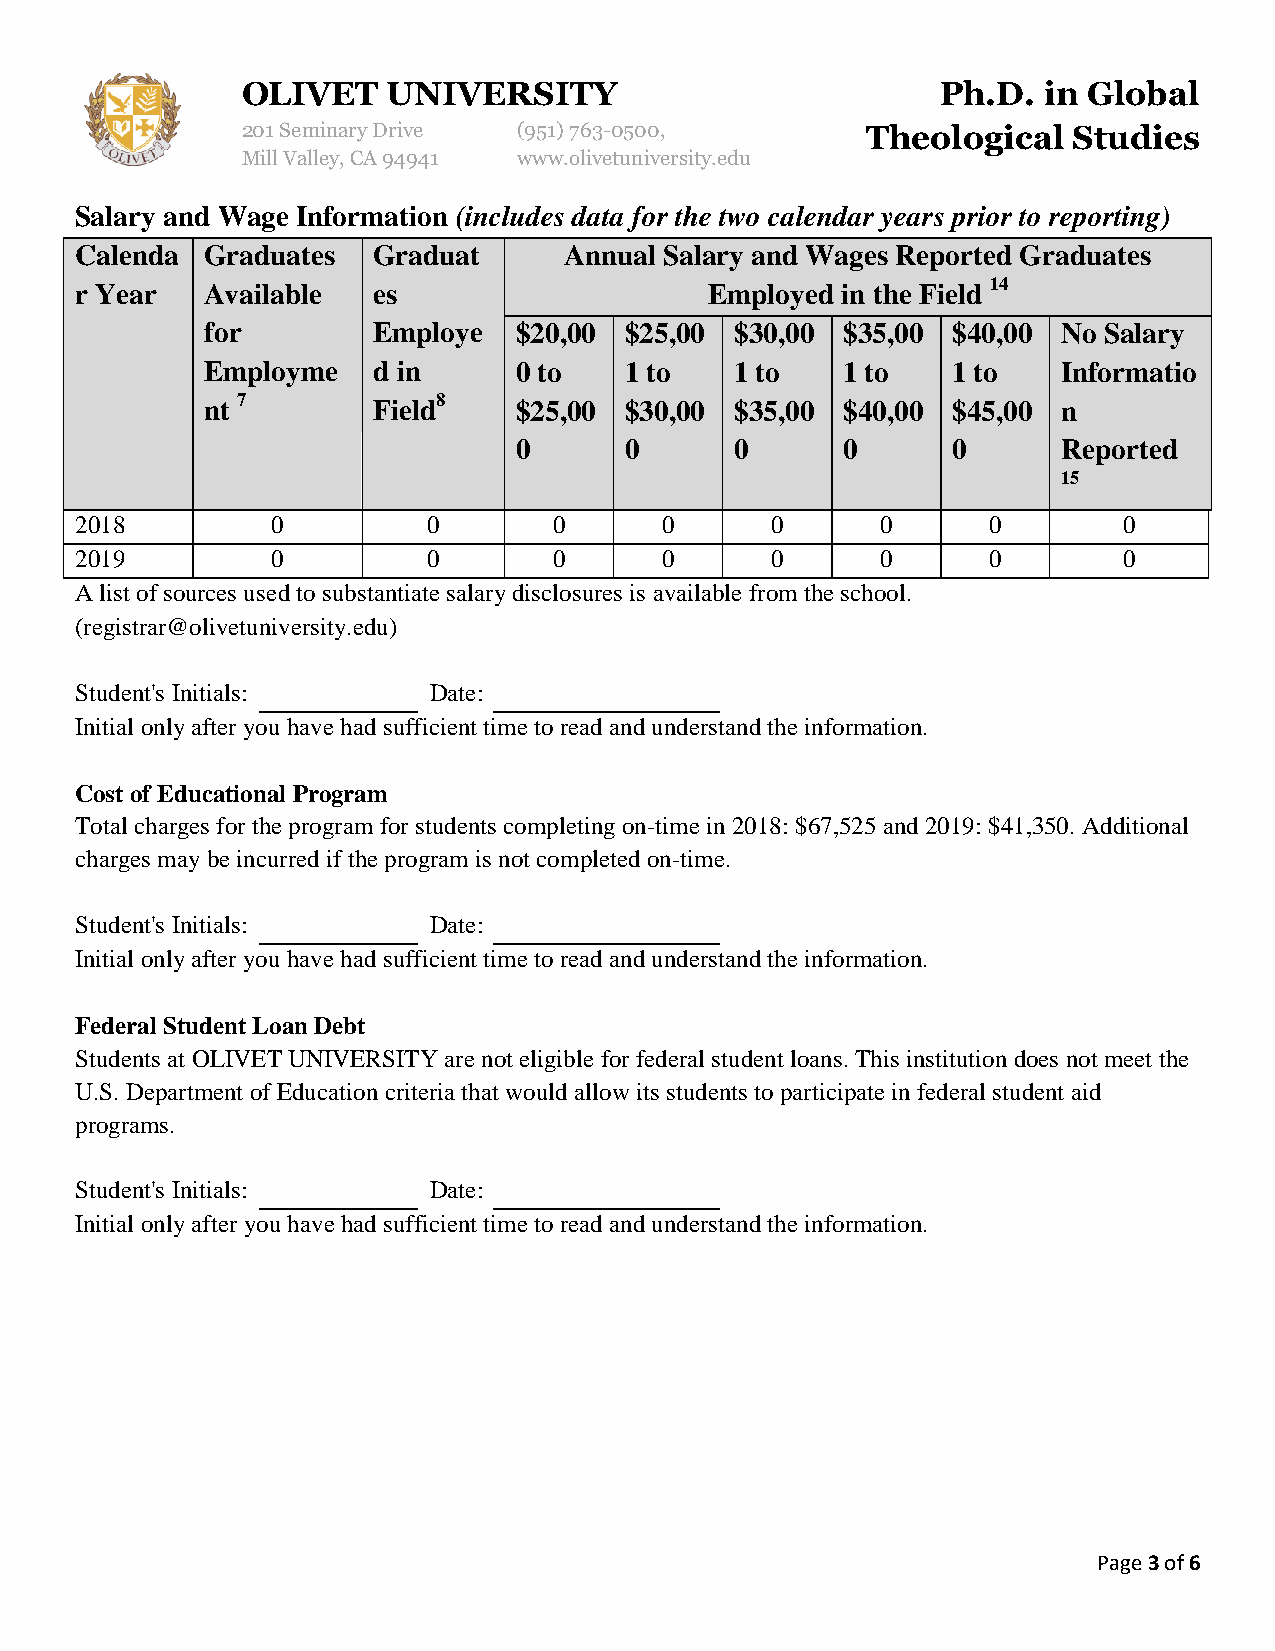
OLIVET    UNIVERSITY                          Ph.D.  in Global
 201 Seminary Drive (951)763-0500,        Theological   Studies
 Mill Valley, CA 94941 www.olivetuniversity.edu
 Salary and Wage Information (includes data for the two calendar years prior to reporting)
 Calenda  Graduates  Graduat     Annual Salary and Wages Reported Graduates
 r Year   Available  es                    Employed in the Field 14
 for        Employe  $20,00 $25,00  $30,00 $35,00 $40,00 No Salary
 Employme   d in     0 to   1 to    1 to   1 to   1 to   Informatio
 nt 7       Field8   $25,00 $30,00  $35,00 $40,00 $45,00 n
 0      0       0      0      0      Reported
 15
 2018         0         0        0      0      0      0      0        0
 2019         0         0        0      0      0      0      0        0
 A list of sources used to substantiate salary disclosures is available from the school.
 (registrar@olivetuniversity.edu)
 Student's Initials:    Date:
 Initial only after you have had sufficient time to read and understand the information.
 Cost of Educational Program
 Total charges for the program for students completing on-time in 2018: $67,525 and 2019: $41,350. Additional
 charges may be incurred if the program is not completed on-time.
 Student's Initials:    Date:
 Initial only after you have had sufficient time to read and understand the information.
 Federal Student Loan Debt
 Students at OLIVET UNIVERSITY are not eligible for federal student loans. This institution does not meet the
 U.S. Department of Education criteria that would allow its students to participate in federal student aid
 programs.
 Student's Initials:    Date:
 Initial only after you have had sufficient time to read and understand the information.
 Page 3 of 6